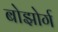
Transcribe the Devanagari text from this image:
बोझोर्ग